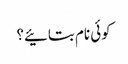
کوئی نام بتائیے؟